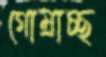
গোম্‌রাচ্ছ